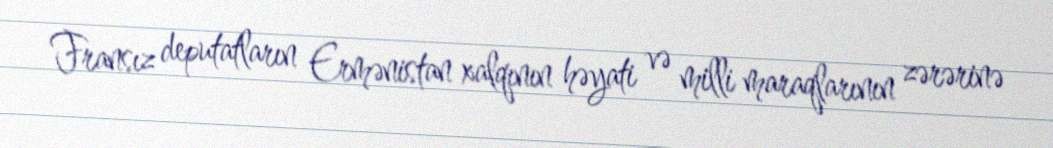
Fransız deputatların Ermənistan xalqının həyati və milli maraqlarının zərərinə